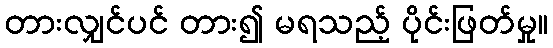
တားလျှင်ပင် တား၍ မရသည့် ပိုင်းဖြတ်မှု။